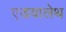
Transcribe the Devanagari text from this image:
एडवालेथ